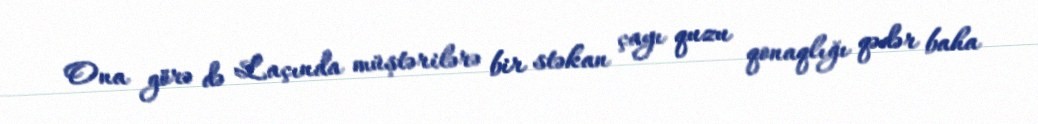
Ona görə də Laçında müştərilərə bir stəkan çayı quzu qonaqlığı qədər baha